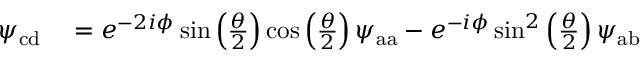
\begin{array} { r l } { \psi _ { \mathrm { c d } } } & { { } = e ^ { - 2 i \phi } \sin \left( \frac { \theta } { 2 } \right) \cos \left( \frac { \theta } { 2 } \right) \psi _ { \mathrm { a a } } - e ^ { - i \phi } \sin ^ { 2 } \left( \frac { \theta } { 2 } \right) \psi _ { \mathrm { a b } } } \end{array}